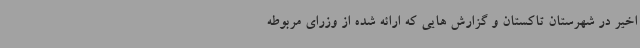
اخیر در شهرستان تاکستان و گزارش هایی که ارائه شده از وزرای مربوطه